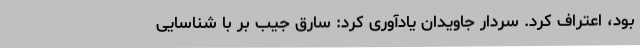
بود، اعتراف کرد. سردار جاویدان یادآوری کرد: سارق جیب بر با شناسایی